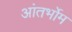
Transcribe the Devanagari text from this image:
आंतर्भोम